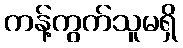
ကန့်ကွက်သူမရှိ